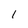
Character: 1